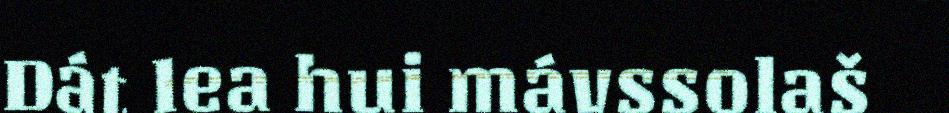
Dát lea hui mávssolaš